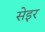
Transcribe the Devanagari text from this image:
सेइर